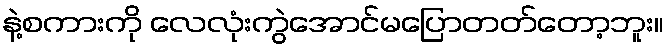
နဲ့စကားကို လေလုံးကွဲအောင်မပြောတတ်တော့ဘူး။